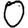
Digit: 0